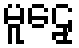
မူဠှေ